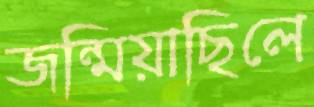
জন্মিয়াছিলে